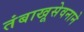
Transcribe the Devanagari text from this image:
तंबाखूसेवनाने